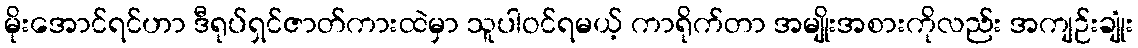
မိုးအောင်ရင်ဟာ ဒီရုပ်ရှင်ဇာတ်ကားထဲမှာ သူပါဝင်ရမယ့် ကာရိုက်တာ အမျိုးအစားကိုလည်း အကျဉ်းချုံး